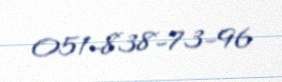
051-838-73-96